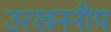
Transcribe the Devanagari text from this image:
उत्खननीय